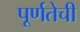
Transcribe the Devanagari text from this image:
पूर्णतेची